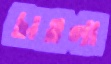
চাওলা